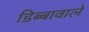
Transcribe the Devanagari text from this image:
डिब्बावाले